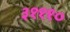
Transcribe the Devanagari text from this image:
३१११०